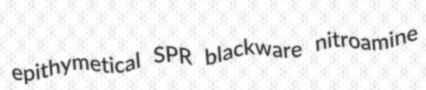
epithymetical SPR blackware nitroamine